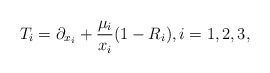
\begin{align*} T_i=\partial_{x_i}+\frac{\mu_i}{x_i}(1-R_i),i=1,2,3,\end{align*}